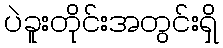
ပဲခူးတိုင်းအတွင်းရှိ